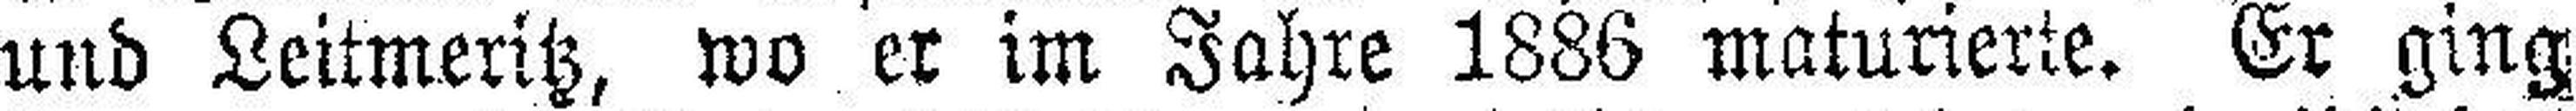
und Leitmeritz, wo er im Jahre 1886 maturierte. Er ging